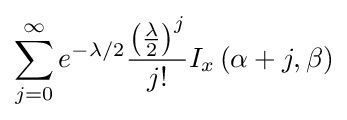
\sum _{j=0}^{\infty }e^{-\lambda /2}{\frac {\left({\frac {\lambda }{2}}\right)^{j}}{j!}}I_{x}\left(\alpha +j,\beta \right)